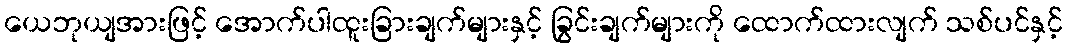
ယေဘုယျအားဖြင့် အောက်ပါထူးခြားချက်များနှင့် ခြွင်းချက်များကို ထောက်ထားလျက် သစ်ပင်နှင့်